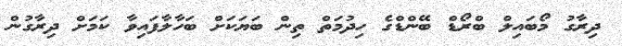
ދިރާގު މޯބައިލް ބްރޯޑް ބޭންޑްގެ ހިދުމަތް ތިން ބަޔަކަށް ބަހާލާފައިވާ ކަމަށް ދިރާގުން